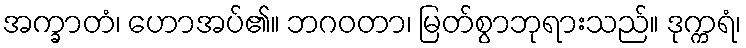
အက္ခာတံ၊ ဟောအပ်၏။ ဘဂဝတာ၊ မြတ်စွာဘုရားသည်။ ဒုက္ကရံ၊